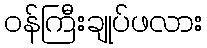
ဝန်ကြီးချုပ်ဖလား